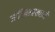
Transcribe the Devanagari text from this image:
जोतिषशास्त्राने